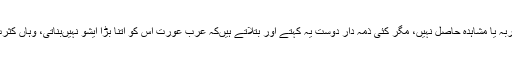
عرب معاشرے کا مجھے براہ راست تجربہ یا مشاہدہ حاصل نہیں، مگر کئی ذمہ دار دوست یہ کہتے اور بتلاتے ہیں‌کہ عرب عورت اس کو اتنا بڑا ایشو نہیں‌بناتی، وہاں کثرت ازدواج زندگی موت کا مسئلہ نہیں‌ہے۔